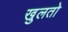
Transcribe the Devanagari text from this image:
खुलतो